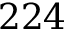
2 2 4